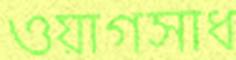
ওয়াগসাধ